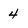
Character: 4